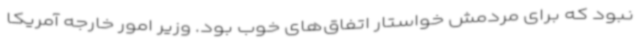
نبود که برای مردمش خواستار اتفاق‌های خوب بود. وزیر امور خارجه آمریکا